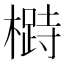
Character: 𱤡